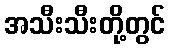
အသီးသီးတို့တွင်